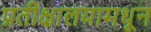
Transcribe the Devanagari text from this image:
प्रतीक्षालयामधून